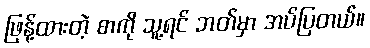
ဖြန့်ထားတဲ့ စာကို သူ့ရင် ဘတ်မှာ အပ်ပြတယ်။